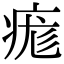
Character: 痝